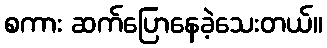
စကား ဆက်ပြောနေခဲ့သေးတယ်။